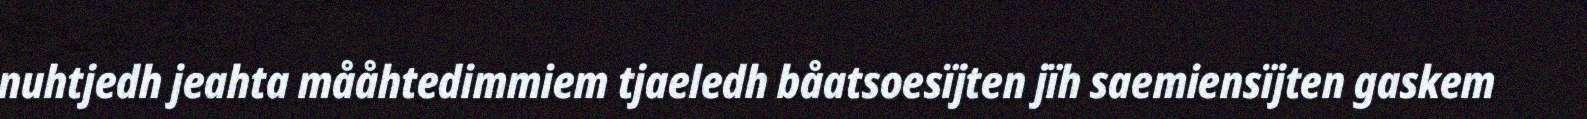
nuhtjedh jeahta mååhtedimmiem tjaeledh båatsoesïjten jïh saemiensïjten gaskem